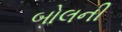
બોલની